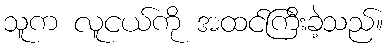
သူက လူငယ်ကို အထင်ကြီးခဲ့သည်။